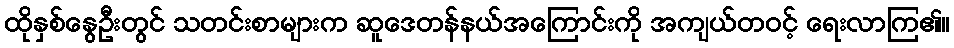
ထိုနှစ်နွေဦးတွင် သတင်းစာများက ဆူဒေတန်နယ်အကြောင်းကို အကျယ်တဝင့် ရေးလာကြ၏။